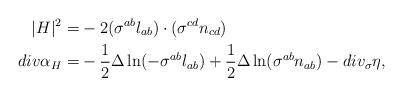
LaTeX: \begin{align*}|H|^2 = & -2 (\sigma^{ab}l_{ab})\cdot (\sigma^{cd} n_{cd})\\ div \alpha_H = & -\frac{1}{2} \Delta \ln ( -\sigma^{ab}l_{ab}) + \frac{1}{2} \Delta \ln ( \sigma^{ab} n_{ab}) - div_{\sigma} \eta,\end{align*}